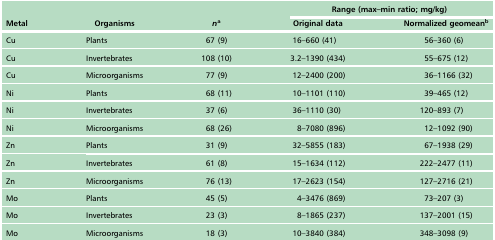
<table><thead><tr><td colspan="3"></td><td colspan="2"><b>Range (max–min ratio; mg/kg)</b></td></tr><tr><td><b>Metal</b></td><td><b>Organisms</b></td><td><b><i>n</i>a</b></td><td><b>Original data</b></td><td><b>Normalized geomeanb</b></td></tr></thead><tbody><tr><td>Cu</td><td>Plants</td><td>67 (9)</td><td>16–660 (41)</td><td>56–360 (6)</td></tr><tr><td>Cu</td><td>Invertebrates</td><td>108 (10)</td><td>3.2–1390 (434)</td><td>55–675 (12)</td></tr><tr><td>Cu</td><td>Microorganisms</td><td>77 (9)</td><td>12–2400 (200)</td><td>36–1166 (32)</td></tr><tr><td>Ni</td><td>Plants</td><td>68 (11)</td><td>10–1101 (110)</td><td>39–465 (12)</td></tr><tr><td>Ni</td><td>Invertebrates</td><td>37 (6)</td><td>36–1110 (30)</td><td>120–893 (7)</td></tr><tr><td>Ni</td><td>Microorganisms</td><td>68 (26)</td><td>8–7080 (896)</td><td>12–1092 (90)</td></tr><tr><td>Zn</td><td>Plants</td><td>31 (9)</td><td>32–5855 (183)</td><td>67–1938 (29)</td></tr><tr><td>Zn</td><td>Invertebrates</td><td>61 (8)</td><td>15–1634 (112)</td><td>222–2477 (11)</td></tr><tr><td>Zn</td><td>Microorganisms</td><td>76 (13)</td><td>17–2623 (154)</td><td>127–2716 (21)</td></tr><tr><td>Mo</td><td>Plants</td><td>45 (5)</td><td>4–3476 (869)</td><td>73–207 (3)</td></tr><tr><td>Mo</td><td>Invertebrates</td><td>23 (3)</td><td>8–1865 (237)</td><td>137–2001 (15)</td></tr><tr><td>Mo</td><td>Microorganisms</td><td>18 (3)</td><td>10–3840 (384)</td><td>348–3098 (9)</td></tr></tbody></table>